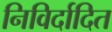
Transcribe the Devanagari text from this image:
निविर्दादित